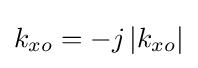
k_{xo}=-j\left|k_{xo}\right|